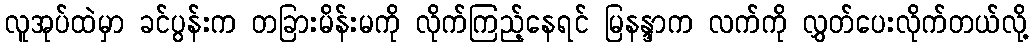
လူအုပ်ထဲမှာ ခင်ပွန်းက တခြားမိန်းမကို လိုက်ကြည့်နေရင် မြနန္ဒာက လက်ကို လွှတ်ပေးလိုက်တယ်လို့